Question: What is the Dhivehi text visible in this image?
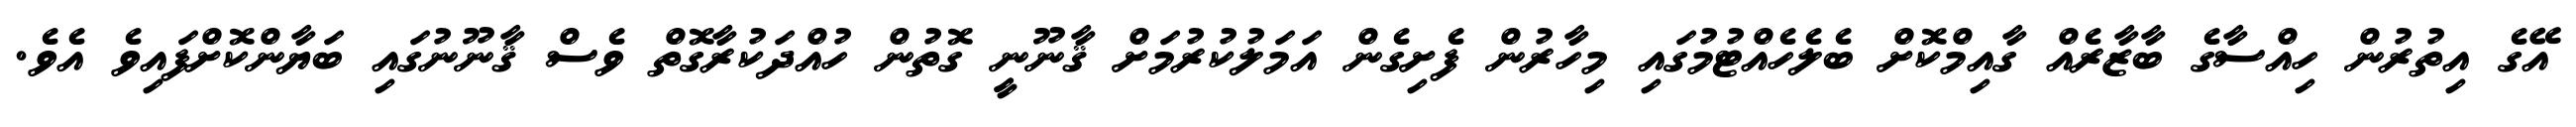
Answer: އޭގެ އިތުރުން ހިއްސާގެ ބާޒާރެއް ގާއިމްކޮށް ބެލެހެއްޓުމުގައި މިހާރުން ފެށިގެން އަމަލުކުރުމަށް ޤާނޫނީ ގޮތުން ހުއްދަކުރާގޮތް ވެސް ޤާނޫނުގައި ބަޔާންކޮށްފައިވެ އެވެ.